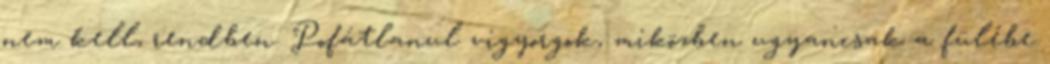
nem kell, rendben. Pofátlanul vigyorgok, miközben ugyancsak a fülébe